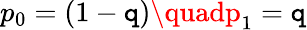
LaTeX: p_{0}=(1-\mathtt{q})\quadp_{1}=\mathtt{q}